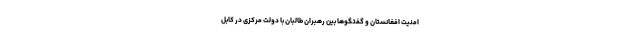
امنیت افغانستان و گفتگوها بین رهبران طالبان با دولت مرکزی در کابل